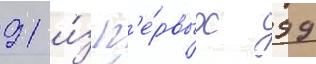
91 и́з п'е́рвых 99